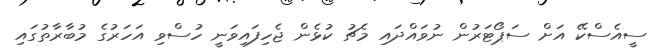
ސީއެސްކޭ އަށް ސަޕޯޓަރުން ނުވައްދައި މެޗު ކުޅެން ޖެހިފައިވަނީ ހުސްވި އަހަރުގެ މުބާރާތުގައި